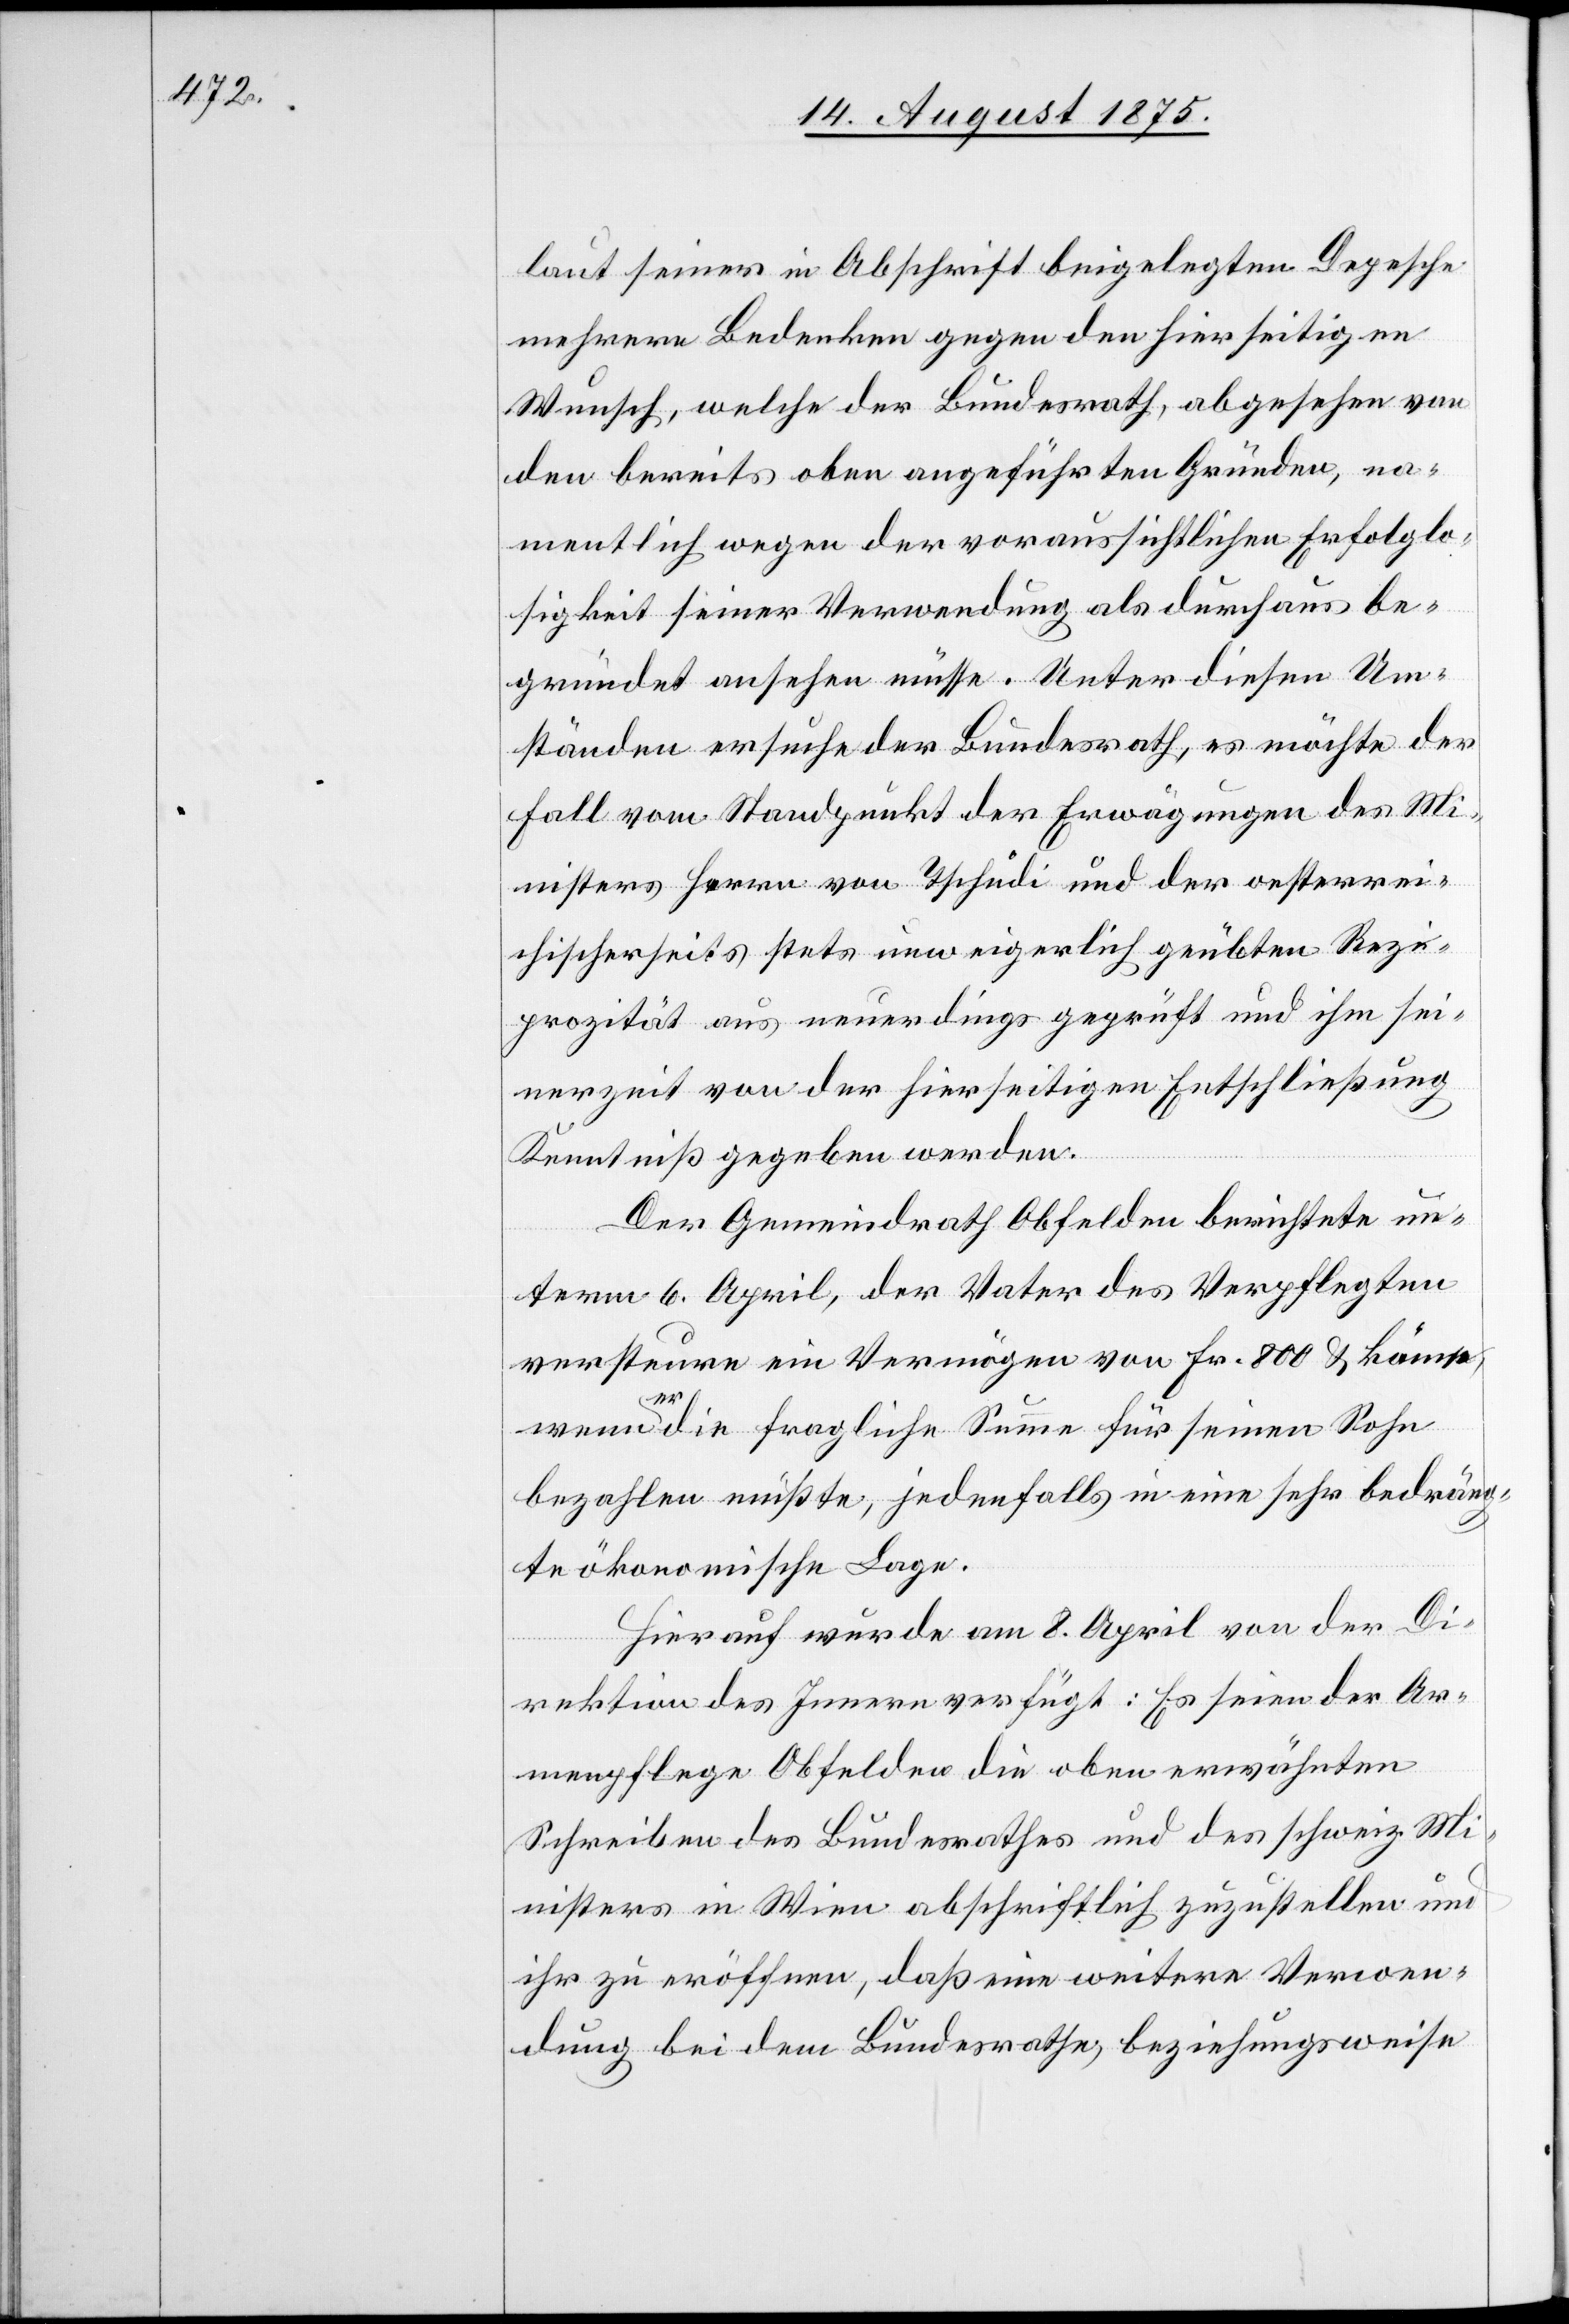
laut seiner in Abschrift beigelegten Depesche
mehrere Bedenken gegen den hierseitigen
Wunsch, welche der Bundesrath, abgesehen von
den bereits oben angeführten Gründen, na¬
mentlich wegen der voraussichtlichen Erfolglo¬
sigkeit seiner Verwendung als durchaus be¬
gründet ansehen müsse. Unter diesen Um¬
ständen ersuche der Bundesrath, es möchte der
Fall vom Standpunkt der Erwägungen des Mi¬
nisters Herrn von Tschudi und der österrei¬
chischerseits stets unweigerlich geübten Rezi¬
prozität aus neuerdings geprüft und ihm sei¬
nerzeit von der hierseitigen Entschließung
Kenntniß gegeben werden.
Der Gemeindrath Obfelden berichtete un¬
term 6. April, der Vater des Verpflegten
versteure ein Vermögen von Fr. 800 & käme,
wenn er die fragliche Summe für seinen Sohn
bezahlen müßte, jedenfalls in eine sehr bedräng¬
te ökonomische Lage.
Hierauf wurde am 8. April von der Di¬
rektion des Innern verfügt: Es seien der Ar¬
menpflege Obfelden die oben erwähnten
Schreiben des Bundesrathes und des schweiz. Mi¬
nisters in Wien absichtlich zuzustellen und
ihr zu eröffnen, daß eine weitere Verwen¬
dung bei dem Bundesrathe, beziehungsweise